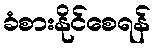
ခံစားနိုင်စေရန်